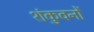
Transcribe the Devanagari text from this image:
शंकुवनों